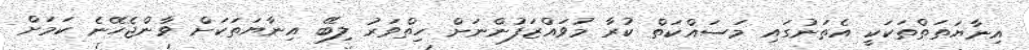
އިނާޔަތަތްތަކަކީ އެތަނުގައި މަސައްކަތް ކުރާ މުވައްޒަފުންނަށް ހިތްވަރު ލިބޭ އިނާޔަތަކަށް ވާންޖެހޭނެ ކަމަށް